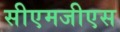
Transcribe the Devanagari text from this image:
सीएमजीएस